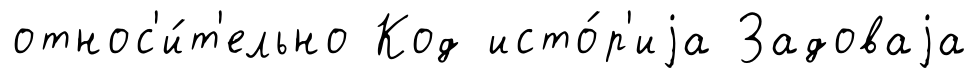
относ'и́т'ельно Код исто́р'иjа Задоваjа